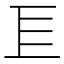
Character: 𢀚